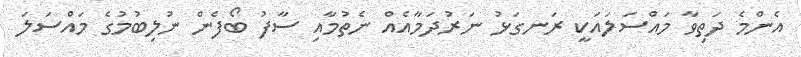
އެންމެ ދަތިވާ މައްސަލައަކީ ރަނގަޅު ނަރުދަމާއެއް ނެތުމާއި ސާފު ބޯފެން ނުލިބުމުގެ މައްސަލަ